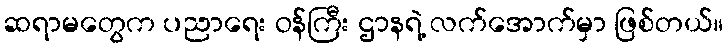
ဆရာမတွေက ပညာရေး ဝန်ကြီး ဌာနရဲ့ လက်အောက်မှာ ဖြစ်တယ်။